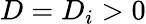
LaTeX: D=D_{i}>0